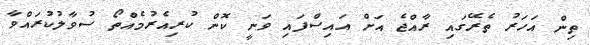
ތިން އަހަރު ތެރޭގައި ރާއްޖެ އަށް އައިސްފައި ވަނީ ކޮން ކުރިއެރުމެއްތޯ ސުވާލުކުރައްވާ